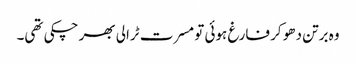
وہ برتن دھو کر فارغ ہوئی تو مسرت ٹرالی بھر چکی تھی۔